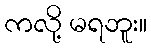
ကလို့ မရဘူး။